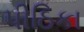
પીઠિકા